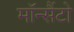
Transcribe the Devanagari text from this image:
मॉन्सैंटो